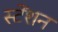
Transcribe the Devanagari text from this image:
स्टेंशन